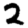
Digit: 2